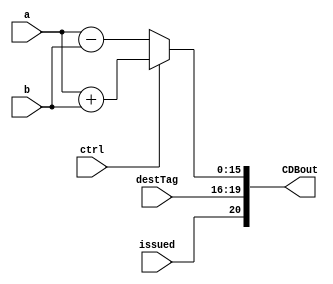
module ArithmeticFU(CDBout, a, b, ctrl, destTag, issued);
	input [15:0] a, b;
	input ctrl, issued;
	input [3:0] destTag;
	output [20:0] CDBout;
	reg [15:0] out;

	assign CDBout = {issued, destTag, out};

	always@(*)
	begin
		if(ctrl)
			out = a + b;
		else
			out = a - b;
	end
endmodule